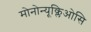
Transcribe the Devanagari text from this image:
मोनोन्यूक्लिओसि